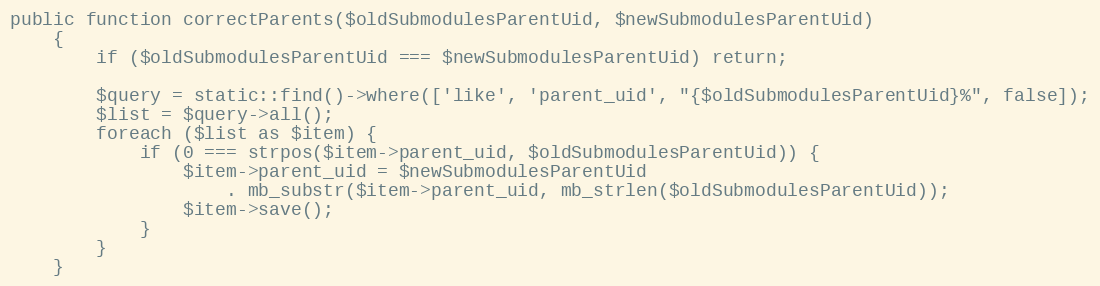
Language: PHP
public function correctParents($oldSubmodulesParentUid, $newSubmodulesParentUid)
    {
        if ($oldSubmodulesParentUid === $newSubmodulesParentUid) return;

        $query = static::find()->where(['like', 'parent_uid', "{$oldSubmodulesParentUid}%", false]);
        $list = $query->all();
        foreach ($list as $item) {
            if (0 === strpos($item->parent_uid, $oldSubmodulesParentUid)) {
                $item->parent_uid = $newSubmodulesParentUid
                    . mb_substr($item->parent_uid, mb_strlen($oldSubmodulesParentUid));
                $item->save();
            }
        }
    }